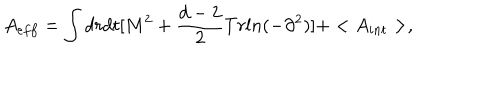
A _ { e f f } = \int d r d t [ M ^ { 2 } + \frac { d - 2 } { 2 } T r l n ( - \partial ^ { 2 } ) ] + < A _ { i n t } > ,